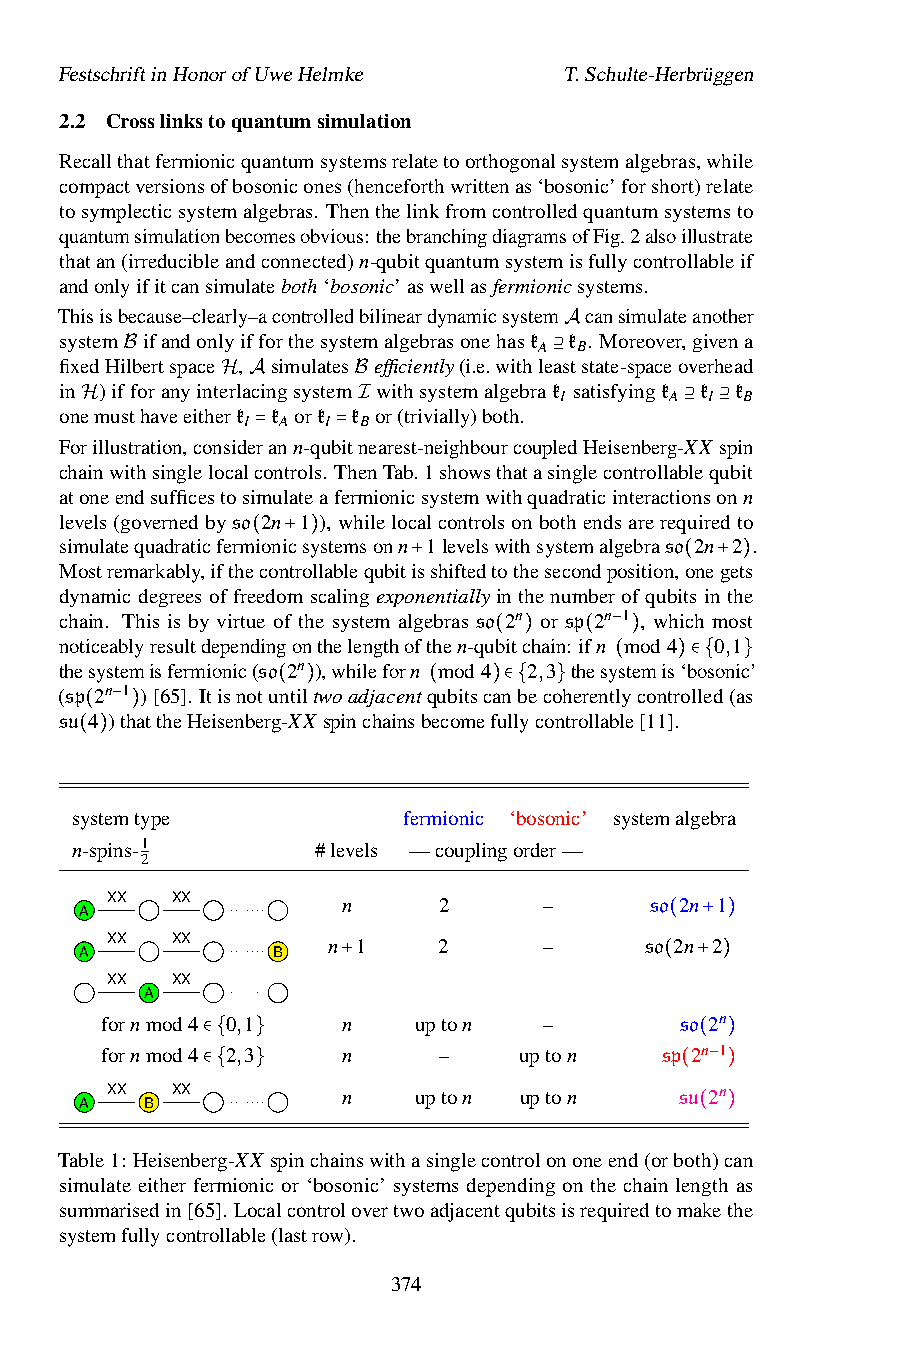
FestschriftinHonorofUweHelmke    T.Schulte-Herbrüggen
 2.2 Crosslinkstoquantumsimulation
 Recallthatfermionicquantumsystemsrelatetoorthogonalsystemalgebras,while
 compactversionsofbosonicones(henceforthwrittenas‘bosonic’forshort)relate
 tosymplecticsystemalgebras. Thenthelinkfromcontrolledquantumsystemsto
 quantumsimulationbecomesobvious:thebranchingdiagramsofFig.2alsoillustrate
 thatan(irreducibleandconnected)n-qubitquantumsystemisfullycontrollableif
 andonlyifitcansimulateboth‘bosonic’aswellasfermionicsystems.
 Thisisbecause–clearly–acontrolledbilineardynamicsystem cansimulateanother
 system ifandonlyifforthesystemalgebrasonehask k . Moreover,givena
 A B
 fixedHilbertspace , simulates efficiently(i.e.withleasAtstate-spaceoverhead
 in )ifBforanyinterlacingsystem withsystemalgebrak⊇ satisfyingk k k
 I      A  I B
 onemusthaveeitheHrkAk ork kB or(trivially)both.
 I A  I  B
 H                  I                    ⊇  ⊇
 Forillustration,considerann-qubitnearest-neighbourcoupledHeisenberg-XX spin
 =    =
 chainwithsinglelocalcontrols. ThenTab.1showsthatasinglecontrollablequbit
 atoneendsufficestosimulateafermionicsystemwithquadraticinteractionsonn
 levels(governedbyso 2n 1 ),whilelocalcontrolsonbothendsarerequiredto
 simulatequadraticfermionicsystemsonn 1levelswithsystemalgebraso 2n 2 .
 Mostremarkably,ifthe(con+tro)llablequbitisshiftedtothesecondposition,onegets
 dynamic degrees of freedom scaling expo+nentially in the number of qubit(s in+th)e
 chain. This is by virtue of the system algebras so 2n or sp 2n 1 , which most
 noticeablyresultdependingonthelengthofthen-qubitchain: ifn −mod4 0,1
 thesystemisfermionic(so 2n ),whileforn mod4( )2,3 th(esyst)emis‘bosonic’
 (sp 2n 1 )[65]. Itisnotuntiltwoadjacentqubitscanbecoherent(lycontr)o∈lle{d(a}s
 su 4 )−thattheHeisenberg(-XX) spinchainsb(ecomef)u∈ll{ycon}trollable[11].
 (  )
 ( )
 systemtype            fermionic ‘bosonic’ systemalgebra
 n-spins-1       #levels —couplingorder—
 2
 XX  XX
 A                 n     2      –      so 2n 1
 XX  XX
 A            B   n 1    2      –      so (2n +2)
 XX  XX
 A            +                    ( + )
 fornmod4 0,1    n   upton    –        so 2n
 fornmod4 2,3    n     –    upton     sp 2n 1
 ∈{  }                            ( )
 A XX B XX ∈{ }    n   upton  upton      s (u 2− n )
 ( )
 Table1: Heisenberg-XX spinchainswithasinglecontrolononeend(orboth)can
 simulate either fermionic or ‘bosonic’ systems depending on the chain length as
 summarisedin[65]. Localcontrolovertwoadjacentqubitsisrequiredtomakethe
 systemfullycontrollable(lastrow).
 374